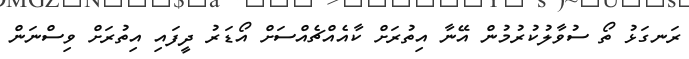
ރަނގަޅު ތޯ ސުވާލުކުރުމުން އޭނާ އިތުރަށް ކާއެއްޗެއްސަށް އޯޑަރު ދީފައި އިތުރަށް ވިސްނަން